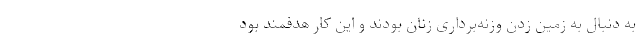
به دنبال به زمین زدن وزنه‌برداری زنان بودند و این کار هدفمند بود